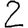
Digit: 2